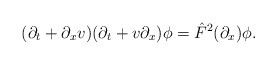
\begin{align*}(\partial_t+\partial_x v)(\partial_t+v\partial_x)\phi=\hat{F}^2(\partial_x)\phi.\end{align*}